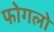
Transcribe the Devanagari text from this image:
फोगलो